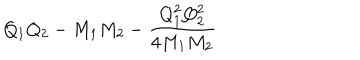
Q _ { 1 } Q _ { 2 } - M _ { 1 } M _ { 2 } - { \frac { Q _ { 1 } ^ { 2 } Q _ { 2 } ^ { 2 } } { 4 M _ { 1 } M _ { 2 } } }